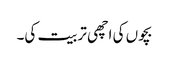
بچوں کی اچھی تربیت کی۔